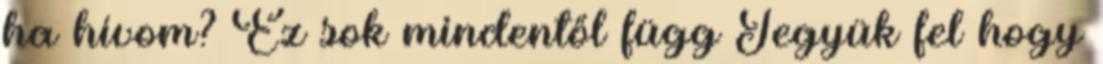
ha hívom? Ez sok mindentől függ Tegyük fel hogy